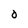
Character: O